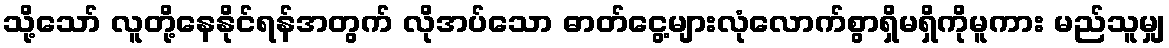
သို့သော် လူတို့နေနိုင်ရန်အတွက် လိုအပ်သော ဓာတ်ငွေ့များလုံလောက်စွာရှိမရှိကိုမူကား မည်သူမျှ